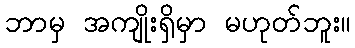
ဘာမှ အကျိုးရှိမှာ မဟုတ်ဘူး။